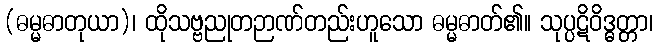
(ဓမ္မဓာတုယာ)၊ ထိုသဗ္ဗညုတဉာဏ်တည်းဟူသော ဓမ္မဓာတ်၏။ သုပ္ပဋိဝိဒ္ဓတ္တာ၊